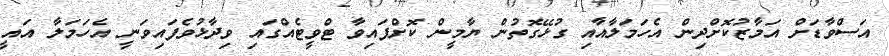
އަސްވާޑަށް އަމާޒުކޮށްދިން އެހަމަލާއާއި ގުޅޭގޮތުން ޔާމީން ކޮށްފައިވާ ޓްވީޓެއްގައި ވިދާޅުވެފައިވަނީ އެހަމަލާ އައީ